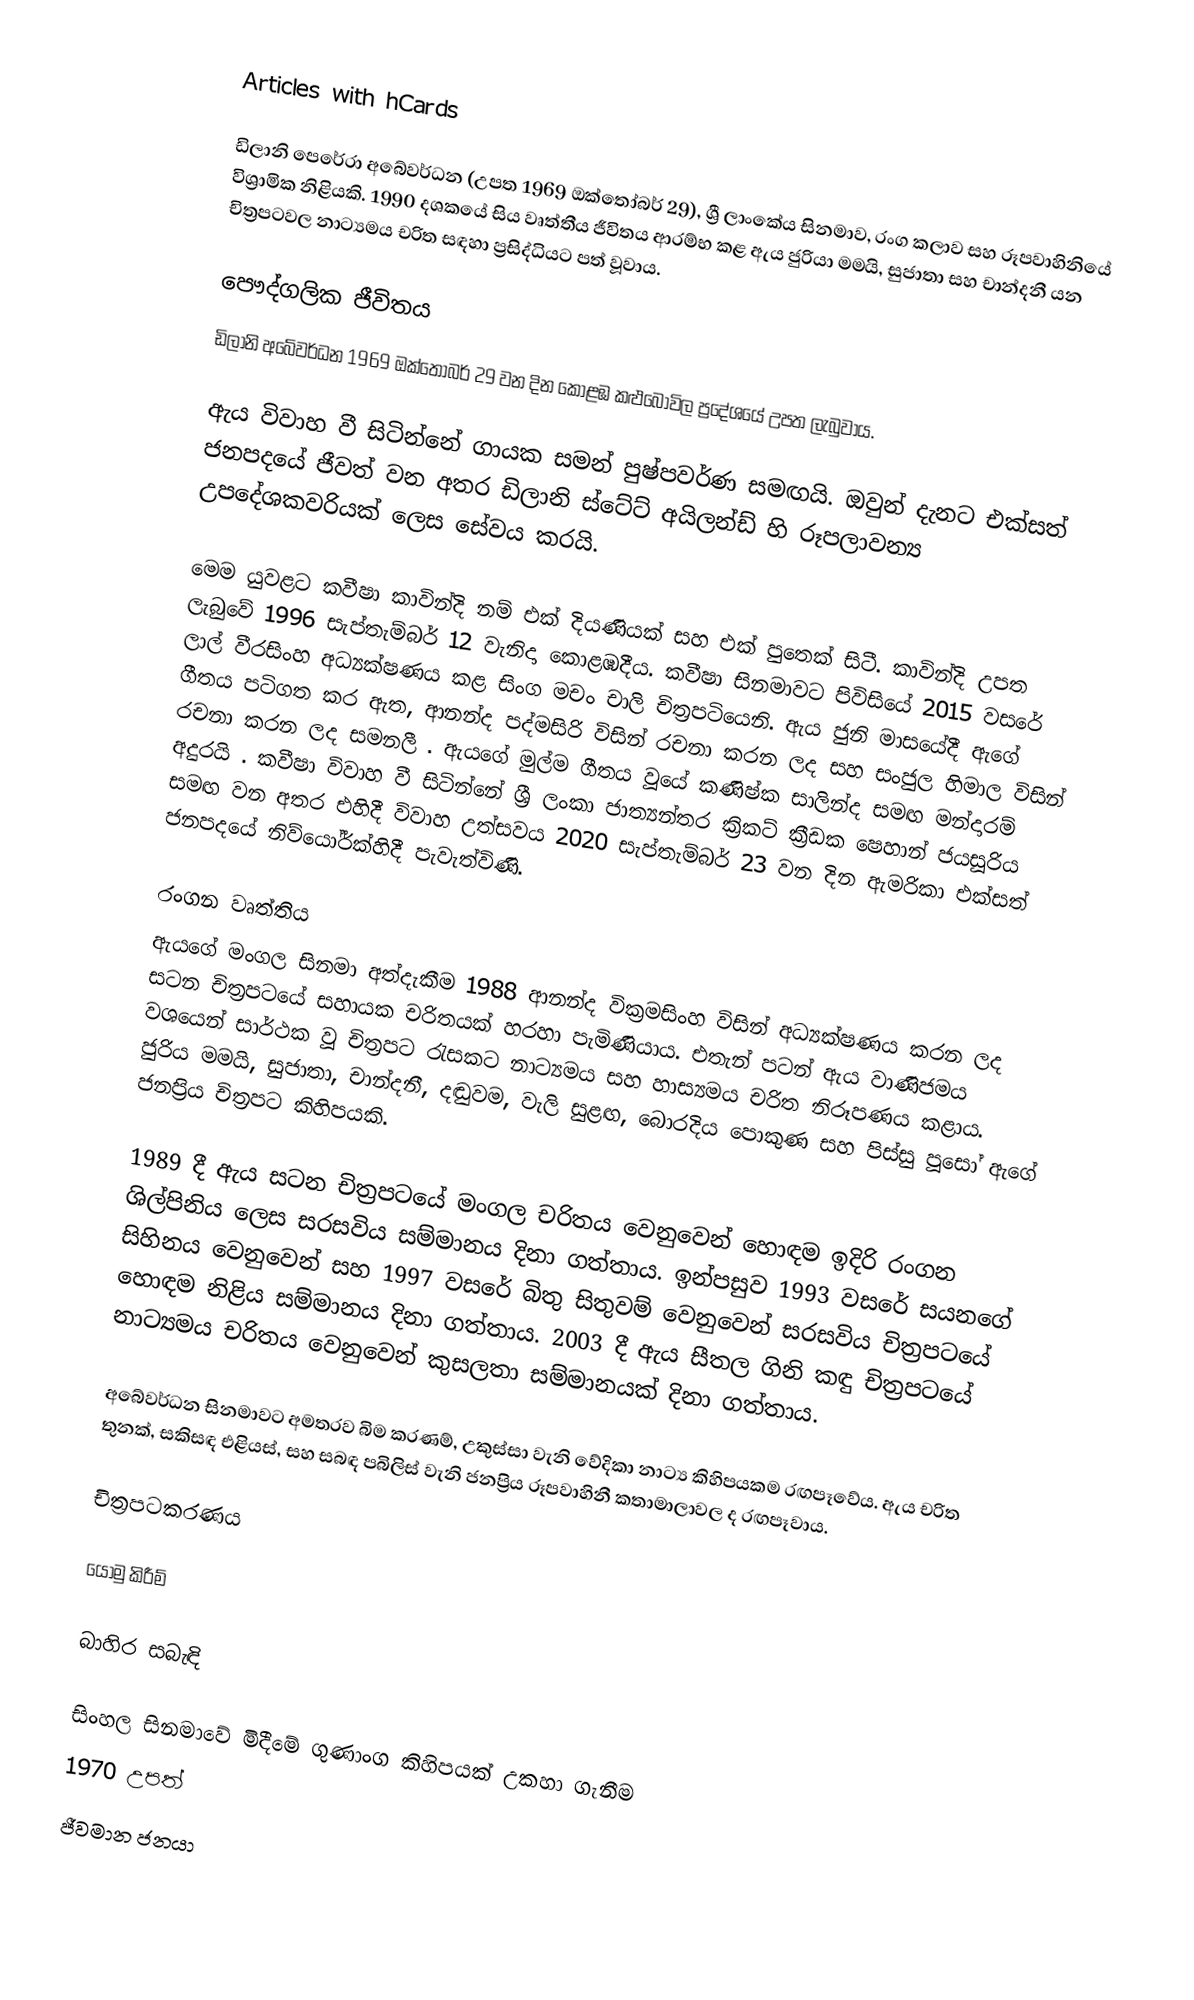
Articles with hCards

ඩිලානි පෙරේරා අබේවර්ධන  (උපත 1969 ඔක්තෝබර් 29), ශ්‍රී ලාංකේය සිනමාව, රංග කලාව සහ රූපවාහිනියේ විශ්‍රාමික නිළියකි. 1990 දශකයේ සිය වෘත්තීය ජීවිතය ආරම්භ කළ ඇය ජුරියා මමයි, සුජාතා සහ චාන්දනී යන චිත්‍රපටවල නාට්‍යමය චරිත සඳහා ප්‍රසිද්ධියට පත් වූවාය.

පෞද්ගලික ජීවිතය
ඩිලානි අබේවර්ධන 1969 ඔක්තෝබර් 29 වන දින කොළඹ කළුබෝවිල ප්‍රදේශයේ උපත ලැබුවාය.

ඇය විවාහ වී සිටින්නේ ගායක සමන් පුෂ්පවර්ණ සමඟයි.  ඔවුන් දැනට එක්සත් ජනපදයේ ජීවත් වන අතර ඩිලානි ස්ටේට් අයිලන්ඩ් හි රූපලාවන්‍ය උපදේශකවරියක් ලෙස සේවය කරයි.

මෙම යුවළට කවීෂා කාවින්දි නම් එක් දියණියක් සහ එක් පුතෙක් සිටී. කාවින්දි උපත ලැබුවේ 1996 සැප්තැම්බර් 12 වැනිදා කොළඹදීය. කවීෂා සිනමාවට පිවිසියේ 2015 වසරේ ලාල් වීරසිංහ අධ්‍යක්ෂණය කළ සිංග මචං චාලි චිත්‍රපටියෙනි.  ඇය ජුනි මාසයේදී ඇගේ ගීතය පටිගත කර ඇත, ආනන්ද පද්මසිරි විසින් රචනා කරන ලද සහ සංජුල හිමාල විසින් රචනා කරන ලද සමනලී . ඇයගේ මුල්ම ගීතය වූයේ කණිෂ්ක සාලින්ද සමඟ මන්දාරම් අදුරයි .  කවීෂා විවාහ වී සිටින්නේ ශ්‍රී ලංකා ජාත්‍යන්තර ක්‍රිකට් ක්‍රීඩක ෂෙහාන් ජයසූරිය සමඟ වන අතර එහිදී විවාහ උත්සවය 2020 සැප්තැම්බර් 23 වන දින ඇමරිකා එක්සත් ජනපදයේ නිව්යෝර්ක්හිදී පැවැත්විණි.

රංගන වෘත්තිය
ඇයගේ මංගල සිනමා අත්දැකීම 1988 ආනන්ද වික්‍රමසිංහ විසින් අධ්‍යක්ෂණය කරන ලද සටන චිත්‍රපටයේ සහායක චරිතයක් හරහා පැමිණියාය.  එතැන් පටන් ඇය වාණිජමය වශයෙන් සාර්ථක වූ චිත්‍රපට රැසකට නාට්‍යමය සහ හාස්‍යමය චරිත නිරූපණය කළාය.  ජුරිය මමයි, සුජාතා, චාන්දනී, දඬුවම, වැලි සුළඟ, බොරදිය පොකුණ සහ පිස්සු පූසෝ ඇගේ ජනප්‍රිය චිත්‍රපට කිහිපයකි.

1989 දී ඇය සටන චිත්‍රපටයේ මංගල චරිතය වෙනුවෙන් හොඳම ඉදිරි රංගන ශිල්පිනිය ලෙස සරසවිය සම්මානය දිනා ගත්තාය. ඉන්පසුව 1993 වසරේ සයනගේ සිහිනය වෙනුවෙන් සහ 1997 වසරේ බිතු සිතුවම් වෙනුවෙන් සරසවිය චිත්‍රපටයේ හොඳම නිළිය සම්මානය දිනා ගත්තාය. 2003 දී ඇය සීතල ගිනි කඳු චිත්‍රපටයේ නාට්‍යමය චරිතය වෙනුවෙන් කුසලතා සම්මානයක් දිනා ගත්තාය.

අබේවර්ධන සිනමාවට අමතරව බිම කරණම්, උකුස්සා වැනි වේදිකා නාට්‍ය කිහිපයකම රඟපෑවේය. ඇය චරිත තුනක්, සකිසඳ එළියස්, සහ සබඳ පබිලිස් වැනි ජනප්‍රිය රූපවාහිනී කතාමාලාවල ද රඟපෑවාය.

චිත්‍රපටකරණය

යොමු කිරීම්

බාහිර සබැඳි

 සිංහල සිනමාවේ මිදීමේ ගුණාංග කිහිපයක් උකහා ගැනීම
1970 උපත්
ජීවමාන ජනයා